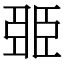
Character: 臦